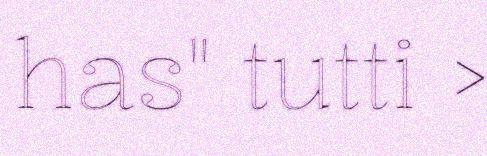
has" tutti >